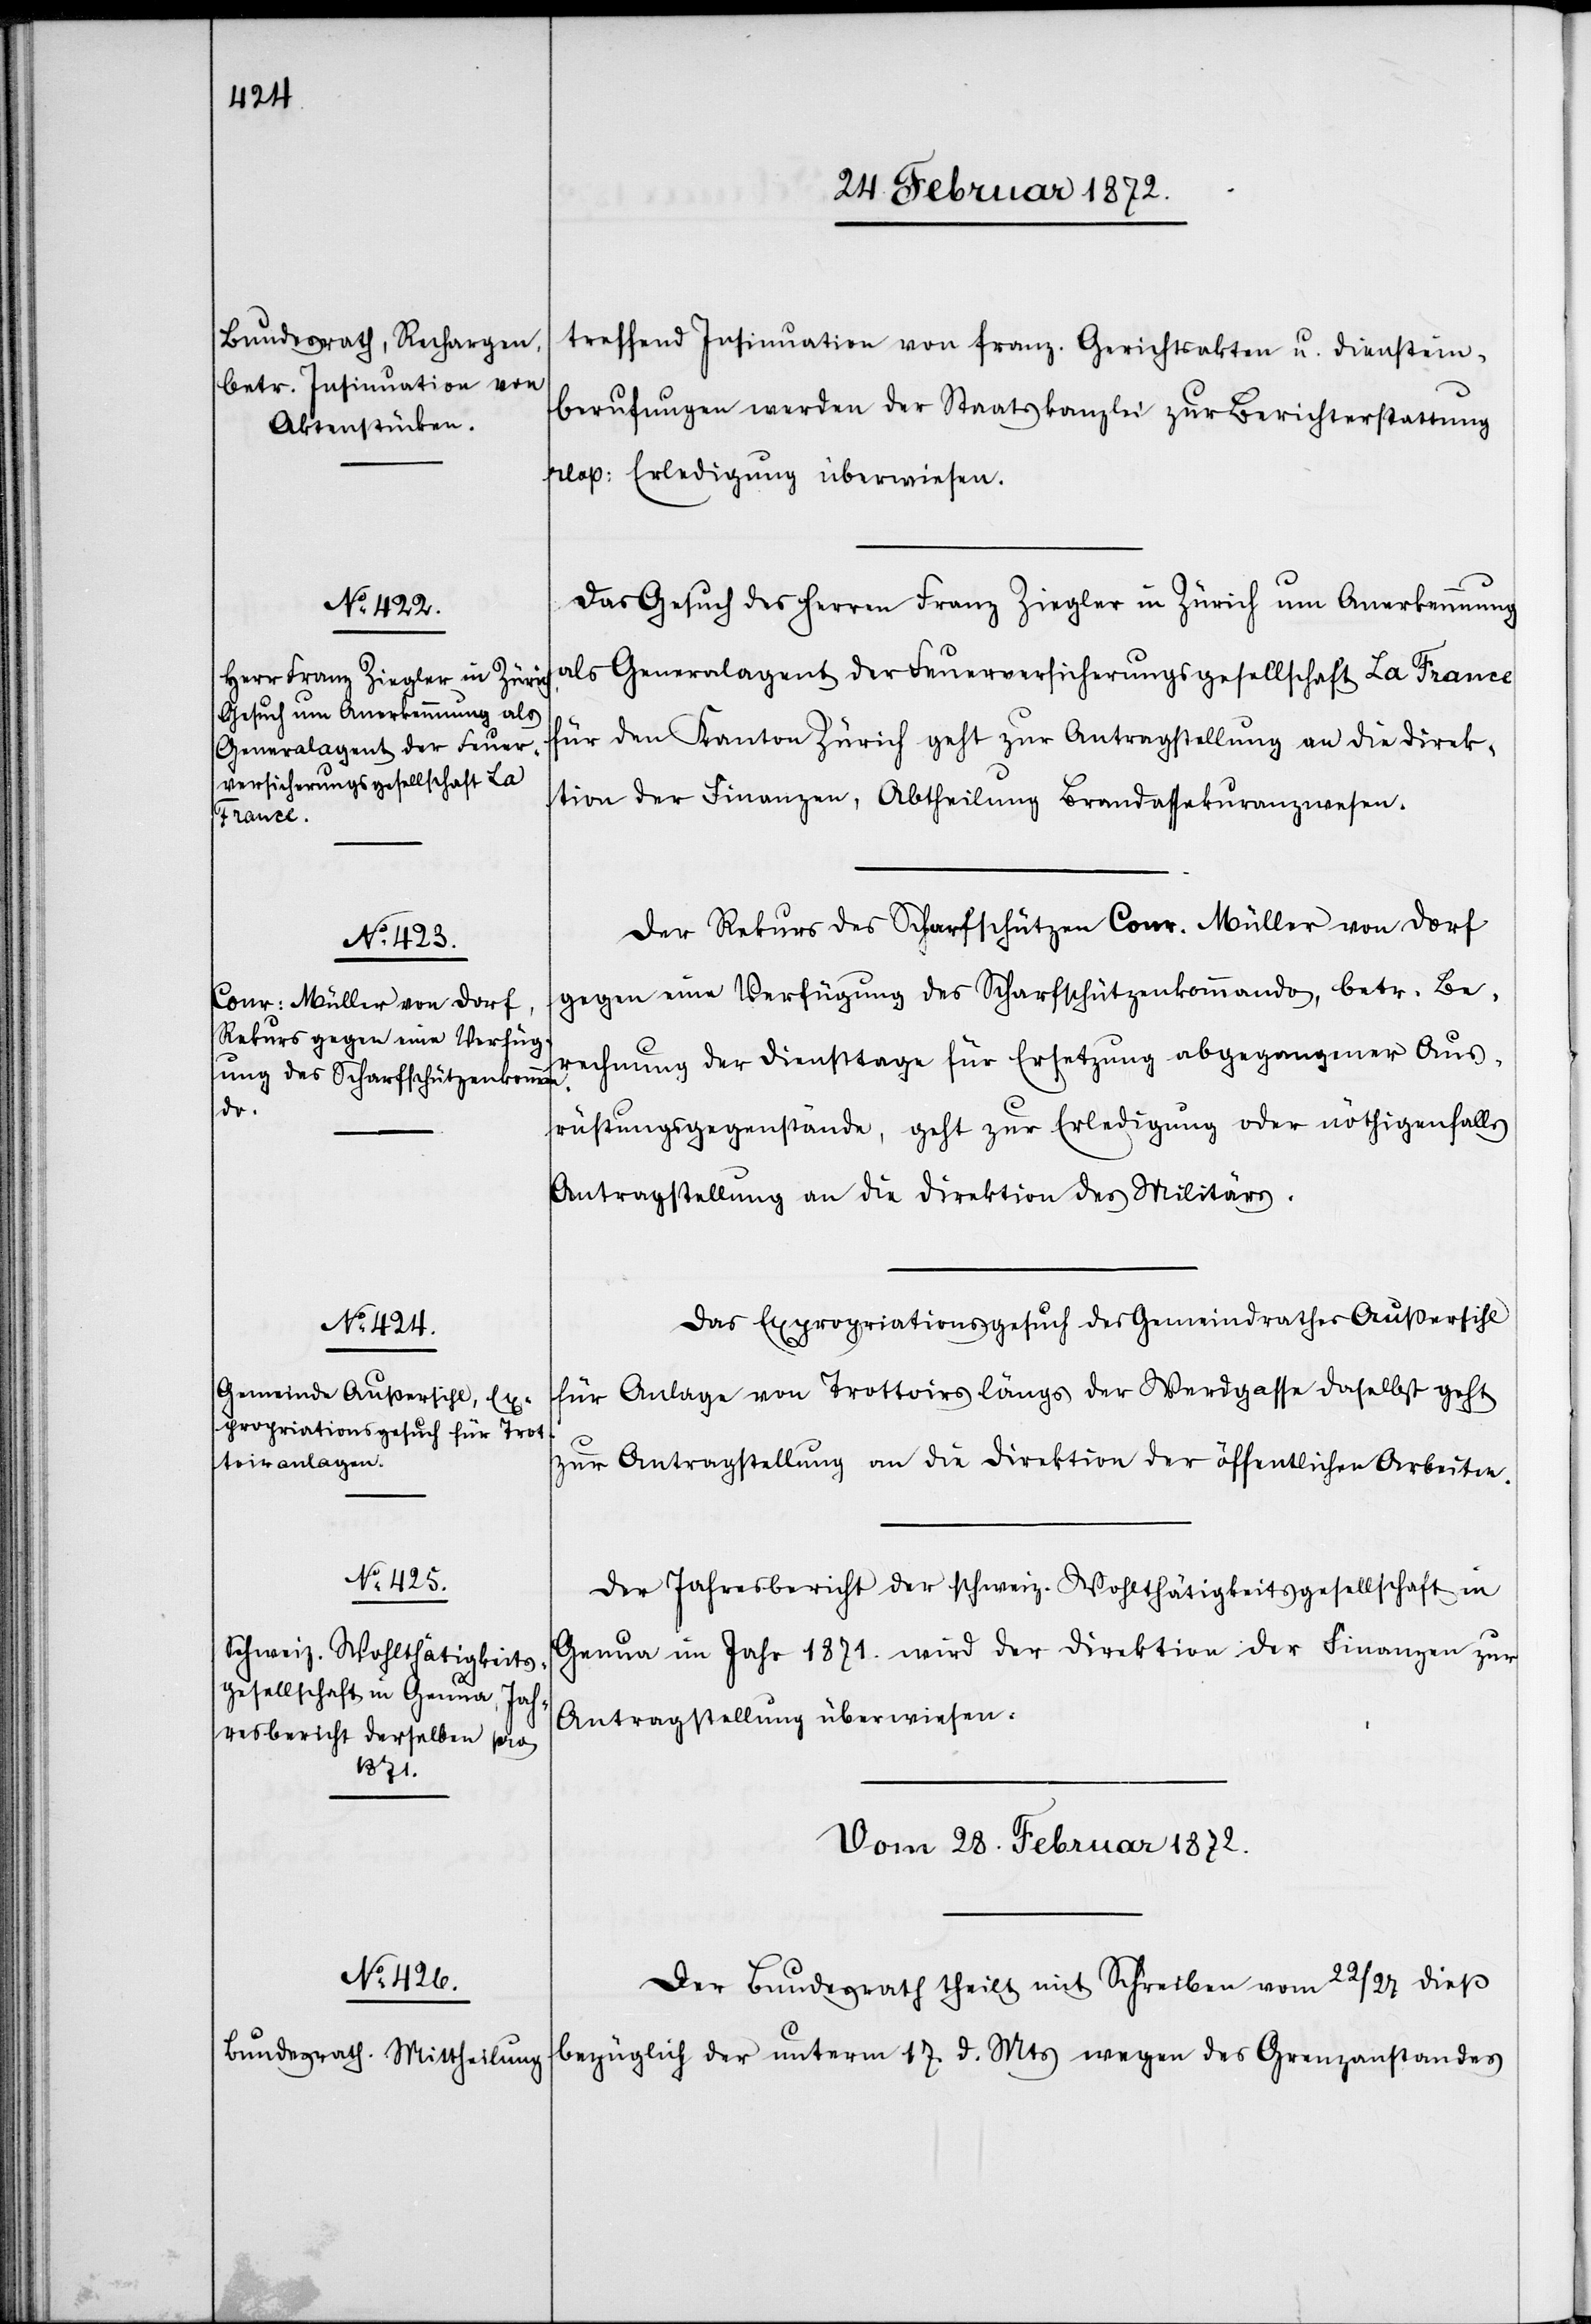
treffend Insinuation von franz. Gerichtsakten u. Dienstein¬
berufungen werden der Staatskanzlei zur Berichterstattung
resp. Erledigung überwiesen.
Das Gesuch des Herren Franz Ziegler in Zürich um Anerkennung
als Generalagent der Feuerversicherungsgesellschaft La France
für den Kanton Zürich geht zur Antragstellung an die Direk¬
tion der Finanzen, Abtheilung Brandassekuranzwesen.
Der Rekurs des Scharfschützen Conr. Müller von Dorf
gegen eine Verfügung des Scharfschützenkommandos, betr. Be¬
rechnung der Diensttage für Ersetzung abgegangener Aus¬
rüstungsgegenstände, geht zur Erledigung oder nöthigenfalls
Antragstellung an die Direktion des Militärs.
Das Expropriationsgesuch des Gemeindrathes Außersihl
für Anlage von Trottoirs längs der Werdgasse daselbst geht
zur Antragstellung an die Direktion der öffentlichen Arbeiten.
Der Jahresbericht der schweiz. Wohltätigkeitsgesellschaft in
Genua im Jahr 1871. wird der Direktion der Finanzen zur
Antragstellung überwiesen.
Vom 28. Februar 1872.
Der Bundesrath theilt mit Schreiben vom 22/27 dieß
bezüglich der unterm 17 d. Mts wegen des Grenzanstandes